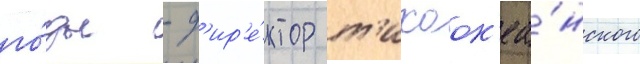
го́ды - д'ир'е́ктор т'ихоок'еа́нского